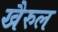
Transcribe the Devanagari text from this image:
खैरुल